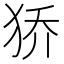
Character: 𰡊